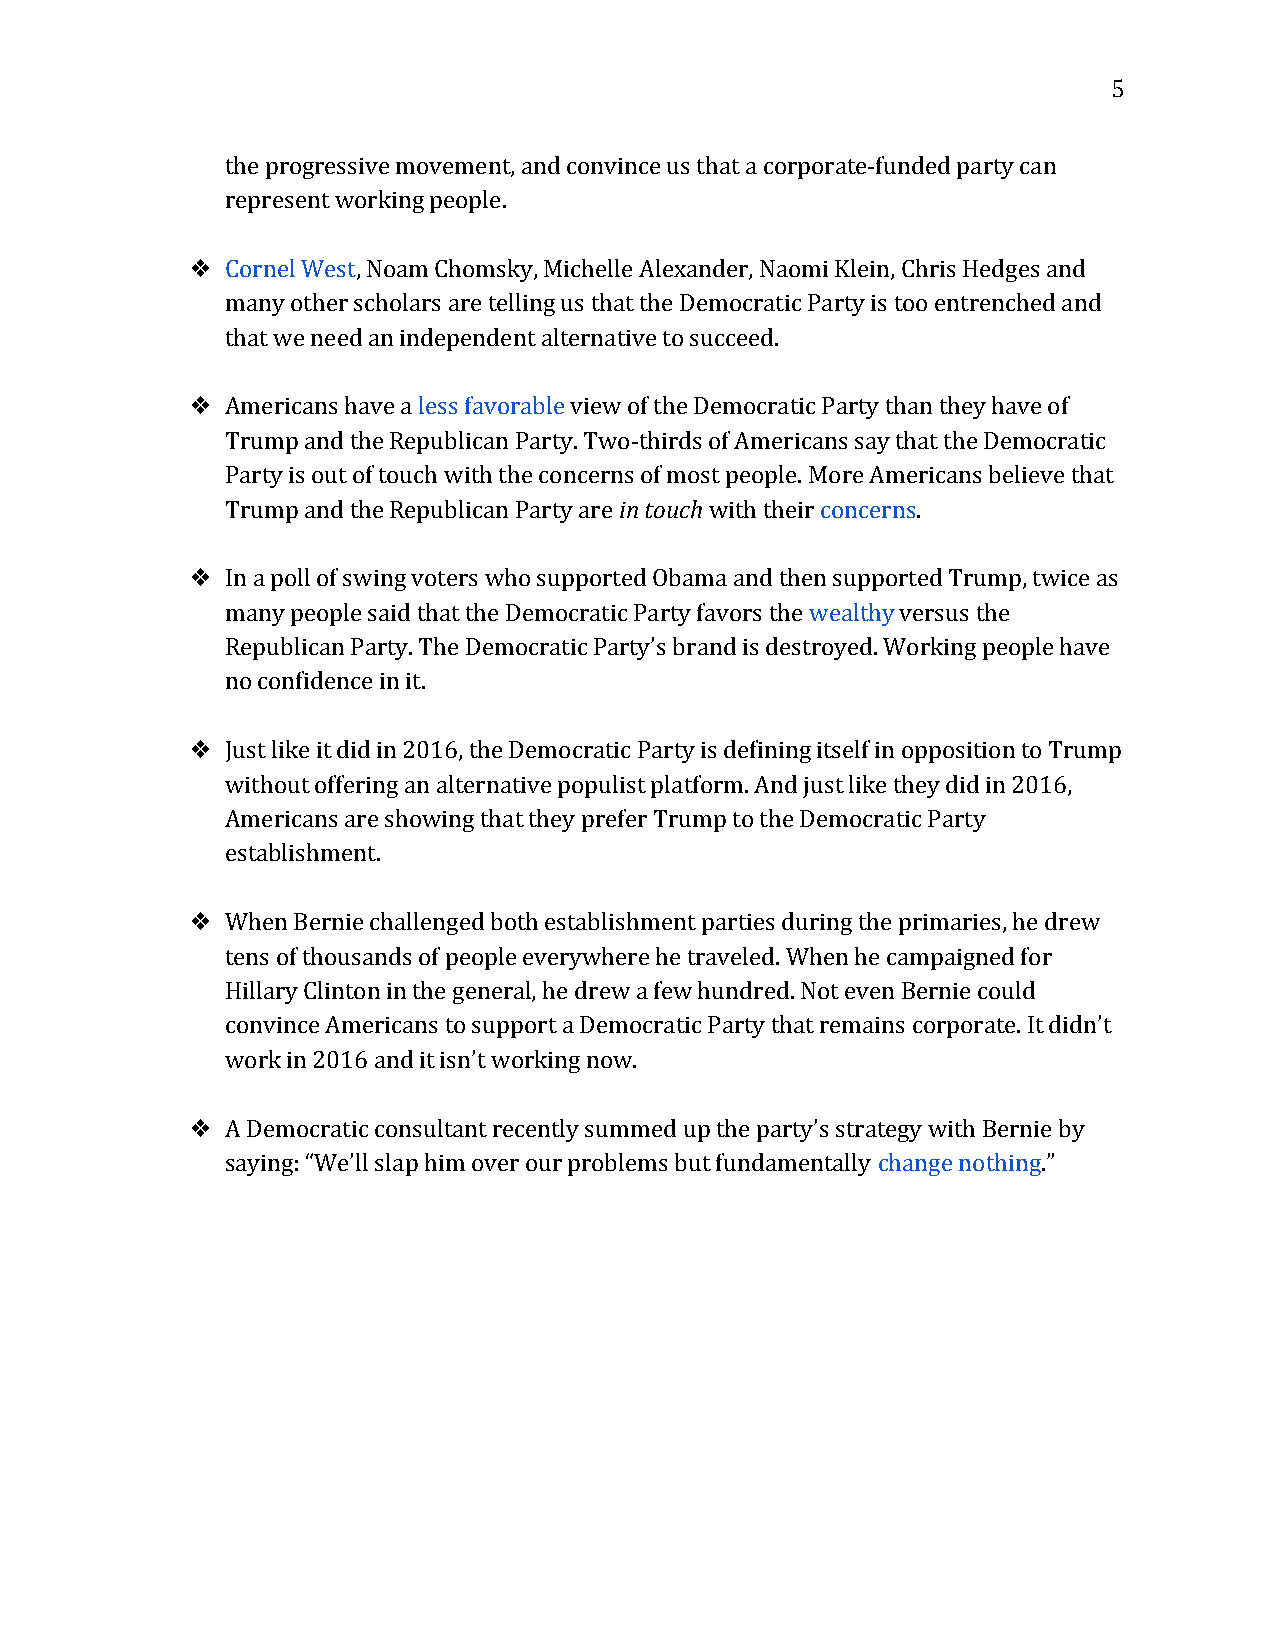
5
 the progressive movement, and convince us that a corporate-funded party can
 represent working people.
 ❖  Cornel West, Noam Chomsky, Michelle Alexander, Naomi Klein, Chris Hedges and
 ​
 many other scholars are telling us that the Democratic Party is too entrenched and
 that we need an independent alternative to succeed.
 ❖  Americans have a less favorable view of the Democratic Party than they have of
 ​        ​
 Trump and the Republican Party. Two-thirds of Americans say that the Democratic
 Party is out of touch with the concerns of most people. More Americans believe that
 Trump and the Republican Party are in touch with their concerns.
 ​    ​       ​      ​
 ❖  In a poll of swing voters who supported Obama and then supported Trump, twice as
 many people said that the Democratic Party favors the wealthy versus the
 ​    ​
 Republican Party. The Democratic Party’s brand is destroyed. Working people have
 no confidence in it.
 ❖  Just like it did in 2016, the Democratic Party is defining itself in opposition to Trump
 without offering an alternative populist platform. And just like they did in 2016,
 Americans are showing that they prefer Trump to the Democratic Party
 establishment.
 ❖  When Bernie challenged both establishment parties during the primaries, he drew
 tens of thousands of people everywhere he traveled. When he campaigned for
 Hillary Clinton in the general, he drew a few hundred. Not even Bernie could
 convince Americans to support a Democratic Party that remains corporate. It didn’t
 work in 2016 and it isn’t working now.
 ❖  A Democratic consultant recently summed up the party’s strategy with Bernie by
 saying: “We’ll slap him over our problems but fundamentally change nothing.”
 ​          ​